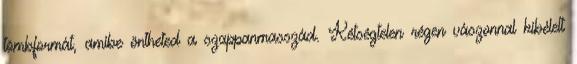
tömbformát, amibe öntheted a szappanmasszád. Kétségtelen régen vászonnal kibélelt